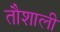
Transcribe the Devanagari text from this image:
तौशाली